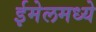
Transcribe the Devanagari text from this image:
ईमेलमध्ये